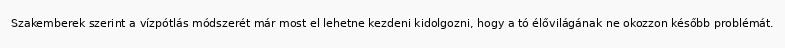
Szakemberek szerint a vízpótlás módszerét már most el lehetne kezdeni kidolgozni, hogy a tó élővilágának ne okozzon később problémát.